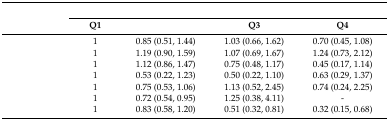
<table><thead><tr><td rowspan="2">[EMPTY_CELL]</td><td colspan="4">[EMPTY_CELL]</td></tr><tr><td><b>Q1</b></td><td>[EMPTY_CELL]</td><td><b>Q3</b></td><td><b>Q4</b></td></tr></thead><tbody><tr><td>[EMPTY_CELL]</td><td>1</td><td>0.85 (0.51, 1.44)</td><td>1.03 (0.66, 1.62)</td><td>0.70 (0.45, 1.08)</td></tr><tr><td>[EMPTY_CELL]</td><td>1</td><td>1.19 (0.90, 1.59)</td><td>1.07 (0.69, 1.67)</td><td>1.24 (0.73, 2.12)</td></tr><tr><td>[EMPTY_CELL]</td><td>1</td><td>1.12 (0.86, 1.47)</td><td>0.75 (0.48, 1.17)</td><td>0.45 (0.17, 1.14)</td></tr><tr><td>[EMPTY_CELL]</td><td>1</td><td>0.53 (0.22, 1.23)</td><td>0.50 (0.22, 1.10)</td><td>0.63 (0.29, 1.37)</td></tr><tr><td>[EMPTY_CELL]</td><td>1</td><td>0.75 (0.53, 1.06)</td><td>1.13 (0.52, 2.45)</td><td>0.74 (0.24, 2.25)</td></tr><tr><td>[EMPTY_CELL]</td><td>1</td><td>0.72 (0.54, 0.95)</td><td>1.25 (0.38, 4.11)</td><td>-</td></tr><tr><td>[EMPTY_CELL]</td><td>1</td><td>0.83 (0.58, 1.20)</td><td>0.51 (0.32, 0.81)</td><td>0.32 (0.15, 0.68)</td></tr></tbody></table>